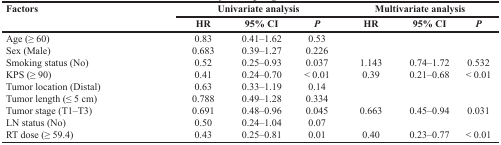
<table><thead><tr><td rowspan="2"><b>Factors</b></td><td colspan="3"><b>Univariate analysis</b></td><td colspan="3"><b>Multivariate analysis</b></td></tr><tr><td><b>HR</b></td><td><b>95% CI</b></td><td><b><i>P</i></b></td><td><b>HR</b></td><td><b>95% CI</b></td><td><b><i>P</i></b></td></tr></thead><tbody><tr><td>Age (≥ 60)</td><td>0.83</td><td>0.41–1.62</td><td>0.53</td><td></td><td></td><td></td></tr><tr><td>Sex (Male)</td><td>0.683</td><td>0.39–1.27</td><td>0.226</td><td></td><td></td><td></td></tr><tr><td>Smoking status (No)</td><td>0.52</td><td>0.25–0.93</td><td>0.037</td><td>1.143</td><td>0.74–1.72</td><td>0.532</td></tr><tr><td>KPS (≥ 90)</td><td>0.41</td><td>0.24–0.70</td><td>&lt; 0.01</td><td>0.39</td><td>0.21–0.68</td><td>&lt; 0.01</td></tr><tr><td>Tumor location (Distal)</td><td>0.63</td><td>0.33–1.19</td><td>0.14</td><td></td><td></td><td></td></tr><tr><td>Tumor length (≤ 5 cm)</td><td>0.788</td><td>0.49–1.28</td><td>0.334</td><td></td><td></td><td></td></tr><tr><td>Tumor stage (T1–T3)</td><td>0.691</td><td>0.48–0.96</td><td>0.045</td><td>0.663</td><td>0.45–0.94</td><td>0.031</td></tr><tr><td>LN status (No)</td><td>0.50</td><td>0.24–1.04</td><td>0.07</td><td></td><td></td><td></td></tr><tr><td>RT dose (≥ 59.4)</td><td>0.43</td><td>0.25–0.81</td><td>0.01</td><td>0.40</td><td>0.23–0.77</td><td>&lt; 0.01</td></tr></tbody></table>